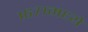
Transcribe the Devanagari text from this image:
१६७१मध्ये